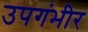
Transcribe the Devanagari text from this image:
उपगंभीर